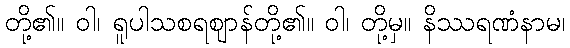
တို့၏။ ဝါ၊ ရူပါသစရဈာန်တို့၏။ ဝါ၊ တို့မှ။ နိဿရဏံနာမ၊